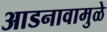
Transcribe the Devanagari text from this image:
आडनावामुळे